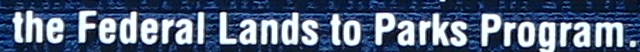
the Federal Lands to Parks Program.